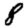
Digit: 8